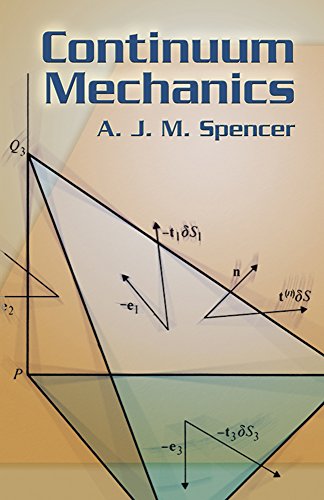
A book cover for Continuum Mechanics (Dover Books on Physics); A. J. M. Spencer; Science & Math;